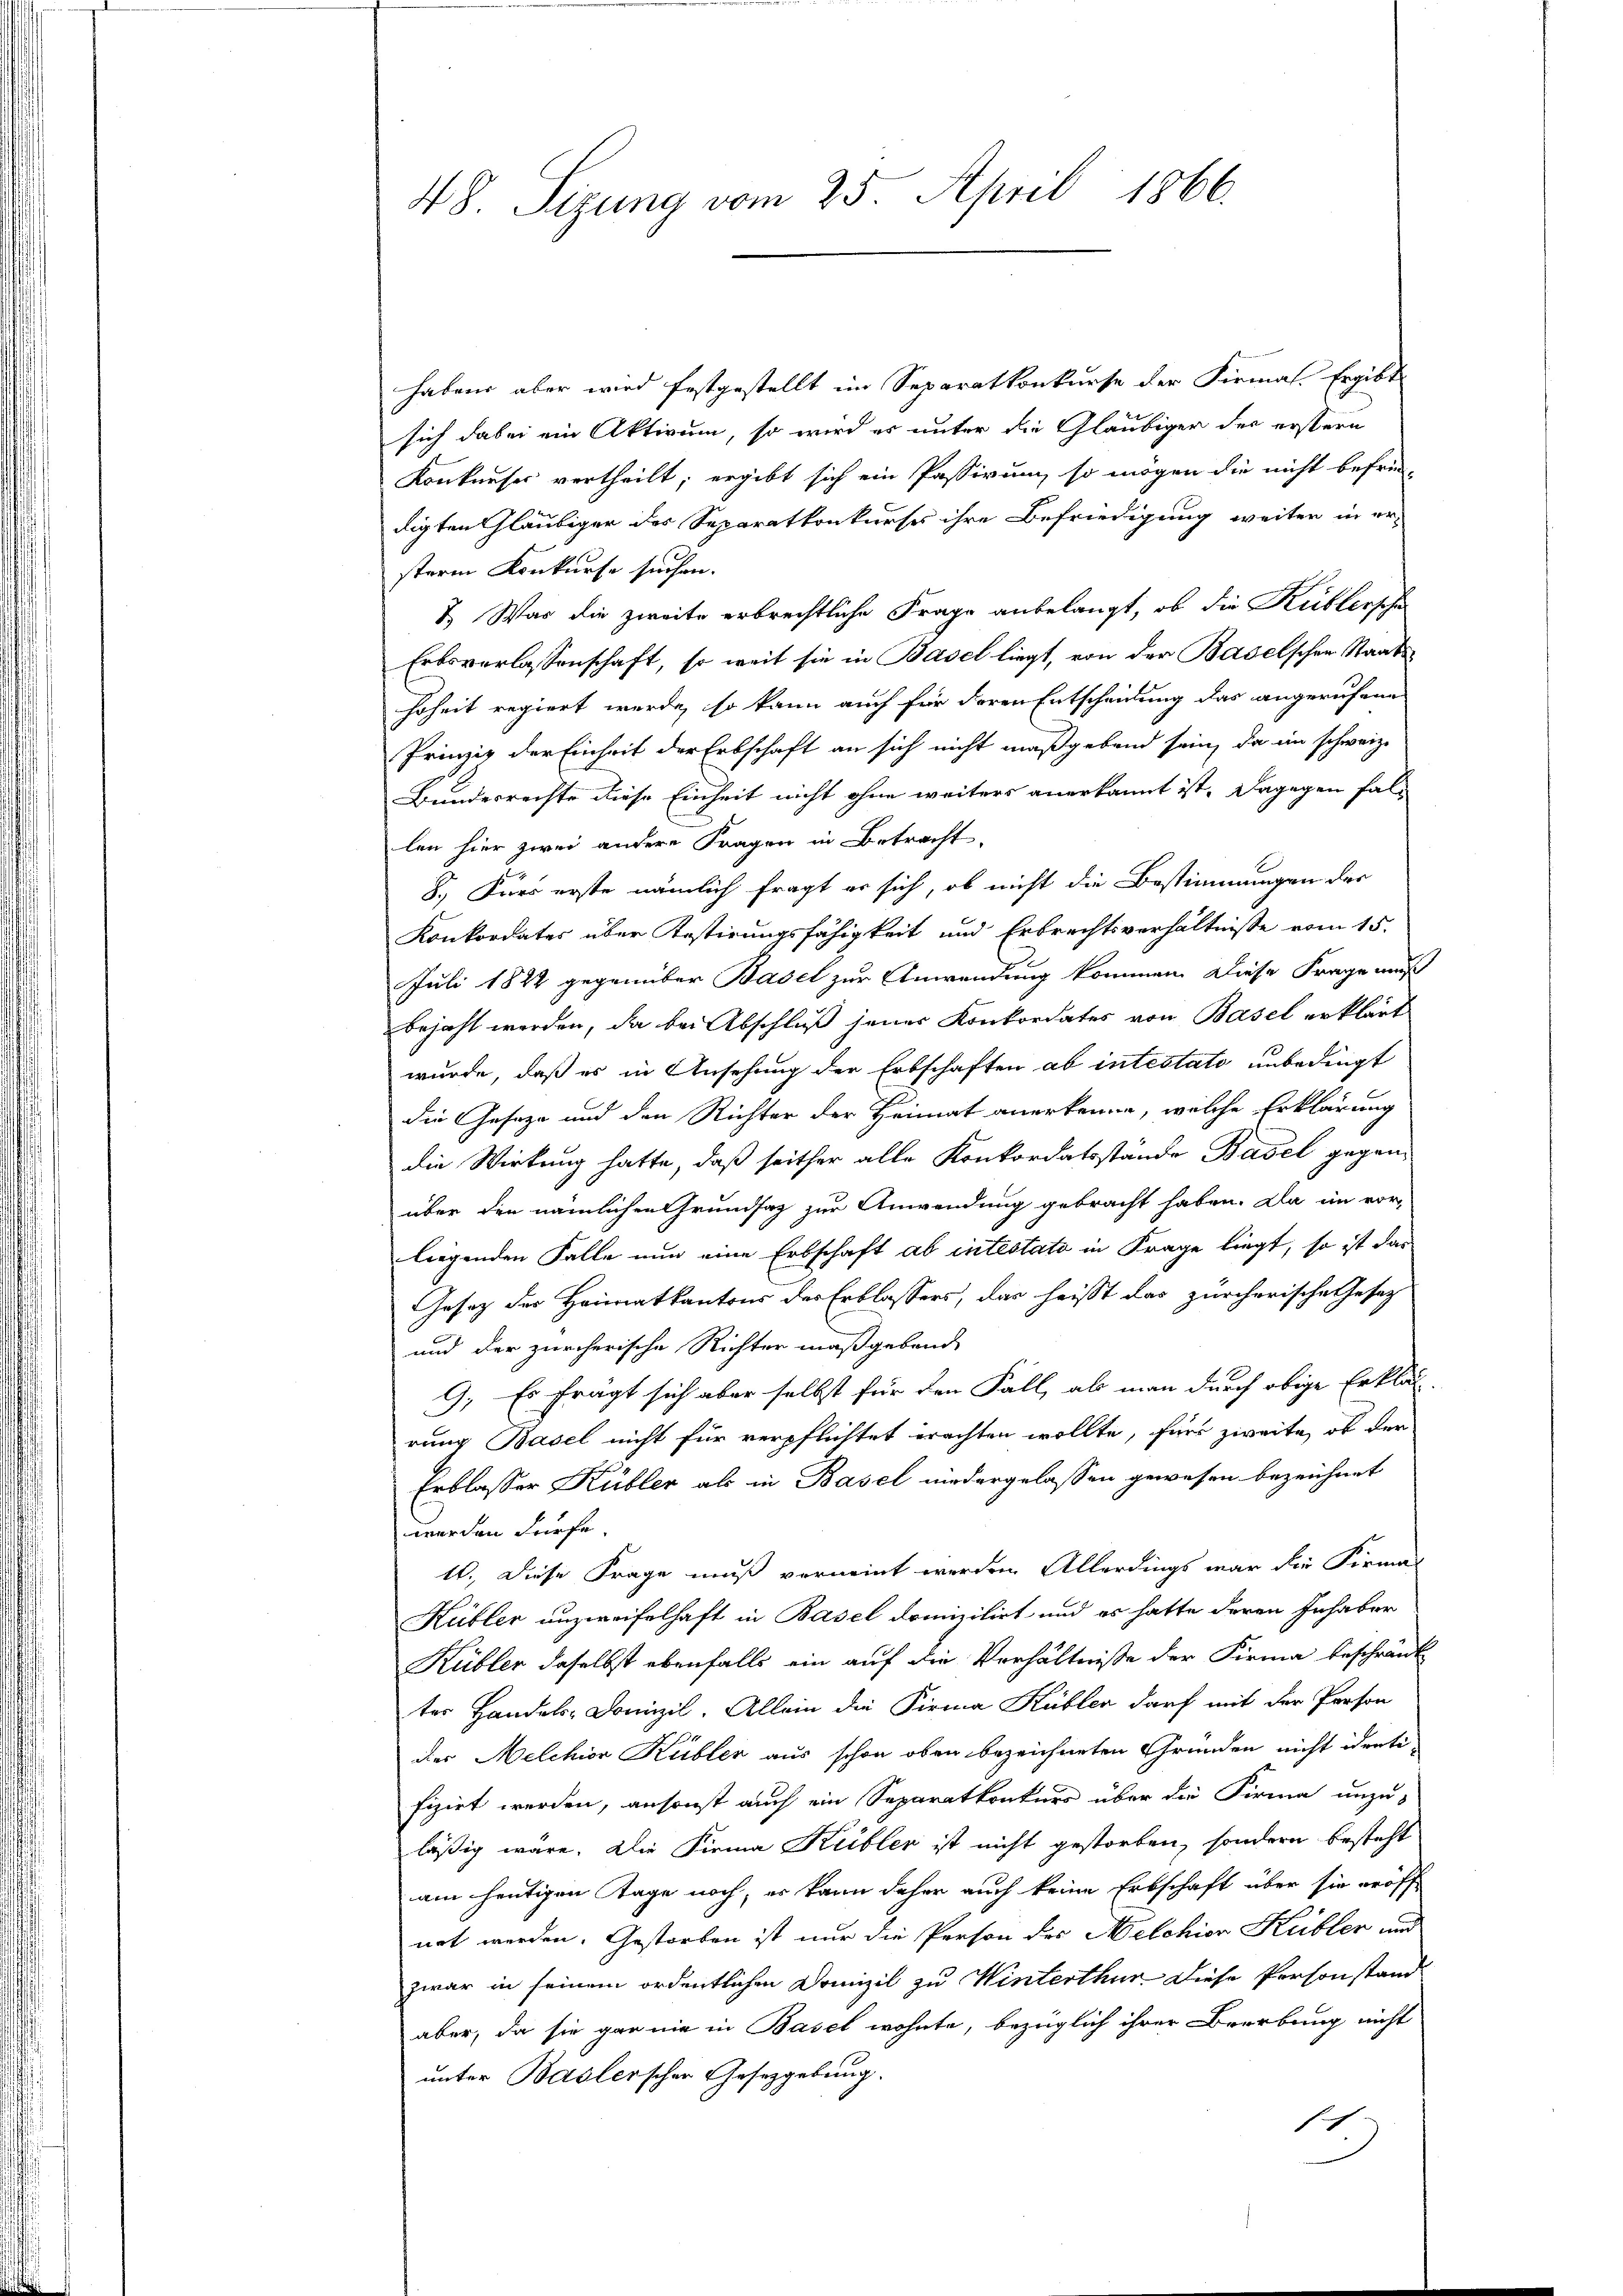
48. Sizung vom 25. April 1866.

habens aber wird festgestellt im Separatkonkurse der Firmal. Ergibt
sich dabei ein Aktivum, so wird es unter die Gläubiger der erstern
Konkurser vertheilt; ergibt sich ein Passirung so mögen die nicht befriedigten Gläubiger des Separatkonkurses ihre Befriedigung weiter in er-
sterm Konkurse suchen.
7. Was die zweite erbrechtliche Frage anbelangt, ob die Küblersche
Erbsverlassenschaft, so weit sie in Basel liegt, von der Baselschen Staatshoheit regiert werde, so kann auch für deren Entscheidung das angerufene
Prinzip der Einheit der Erbschaft an sich nicht maßgebend sein, da im schweiz.
Bundesrechte diese Einheit nicht ohne weiters anerkannt ist. Dagegen fallen hier zwei andere Fragen in Betracht,
8. Kurs erste nämlich fragt er sich, ob nicht die Bestimmungen des
Konkordates über Kostirungsfähigkeit und Erbrechtsverhältnisse vom 15.
Juli 1822 gegenüber Basel zur Anwendung kommen. Diese Frage muß
bejaht werden, da bei Abschluß jener Konkordates von Basel erklärt
wurde, daß es in Ansehung der Erbschaften ab intestato unbedingt
die Geseze und den Richter der Heimat anerkenne, welche Erklärung
die Wirkung hatte, daß seither alle Konkordatsstände Basel gegenüber den nämlichen Grundsatz zur Anwendung gebracht haben. Da im vor-
liegenden Falle nun eine Erbschaft ab intestato in Frage liegt, so ist das
Gesetz des Heimatkantons der Erblassers, das heißt das zürcherische Gesetz
und der zürcherische Richter maßgeband
9. Es frägt sich aber selbst für den Fall, als man durch obige Erklär
rung Basel nicht für verpflichtet erachten wollte, für zweite, ob der
Erblasser Kübler als in Basel niedergelassen gewesen bezeichnet
werden dürfe.
10. Diese Frage muß verneint werden. Allerdings war die Firma
Kübler unzweifelhaft in Basel domizilirt und es hatte deren Inhaber
Kübler daselbst ebenfalls ein auf die Verhältniße der Firma beschränk
ter Handels-Domizil. Allein die Firma Kübler darf mit der Person
der Melchior Kübler aus schon oben bezeichneten Grunden nicht identi-
fizirt werden, ansonst auch ein Separatkonkurs über die Firma unzu-
läßig wäre. Die Firma Kübler ist nicht gestorben, sondern besteht
am heutigen Tage noch, er kann daher auch keine Erbschaft über sie eröff-
not werden. Gestorben ist nur die Person des Melchior Kübler und
zwar in seinem ordentlichen Domizil zu Winterthur diese Personstandaber, da sie gar nie in Basel wohnte, bezüglich ihrer Brerbung nicht
unter Baslerscher Gesetzgebung.